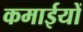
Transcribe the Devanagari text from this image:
कमाईयों